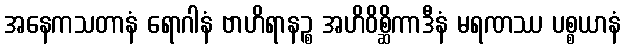
အနေကသတာနံ ရောဂါနံ ဗာဟိရာနဉ္စ အဟိဝိစ္ဆိကာဒီနံ မရဏဿ ပစ္စယာနံ